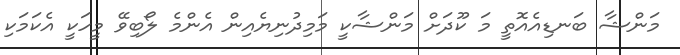
މަންޝާ ބަނޑިއެއޮތީ މަ ކޫދަށް މަންޝާކީ މަމިދުނިޔެއިން އެންމެ ލޯބިވޭ މީހަކީ އެކަމަކި